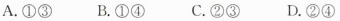
A.①③ B.①④ C.②③ D.②④